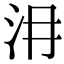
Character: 𣲕